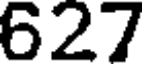
627